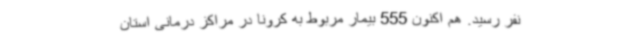
نفر رسید. هم اکنون 555 بیمار مربوط به کرونا در مراکز درمانی استان